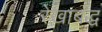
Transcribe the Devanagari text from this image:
रेखाबद्ध